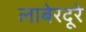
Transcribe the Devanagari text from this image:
लाबेरदूरे